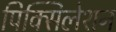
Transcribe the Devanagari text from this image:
पिक्सिलेशन